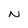
Character: N